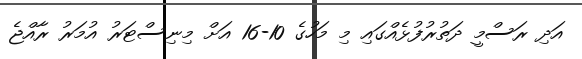
އަދި ރަސްމީ ދަތުރުފުޅެއްގައި މި މަހުގެ 10-16 އަށް މިނިސްޓަރު އުމަރު ރާއްޖެ